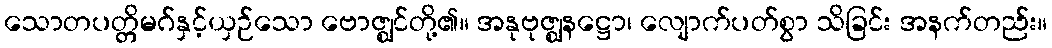
သောတပတ္တိမဂ်နှင့်ယှဉ်သော ဗောဇ္ဈင်တို့၏။ အနုဗုဇ္ဈနဋ္ဌော၊ လျောက်ပတ်စွာ သိခြင်း အနက်တည်း။